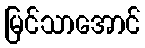
မြင်သာအောင်